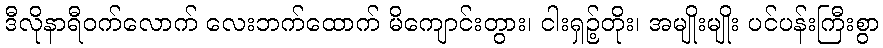
ဒီလိုနာရီဝက်လောက် လေးဘက်ထောက် မိကျောင်းတွား၊ ငါးရှဉ့်တိုး၊ အမျိုးမျိုး ပင်ပန်းကြီးစွာ